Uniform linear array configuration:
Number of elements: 64
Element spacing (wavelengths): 0.5
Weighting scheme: blackman
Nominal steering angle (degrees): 15
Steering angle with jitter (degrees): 13.217
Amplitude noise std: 0.05
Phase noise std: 0.05

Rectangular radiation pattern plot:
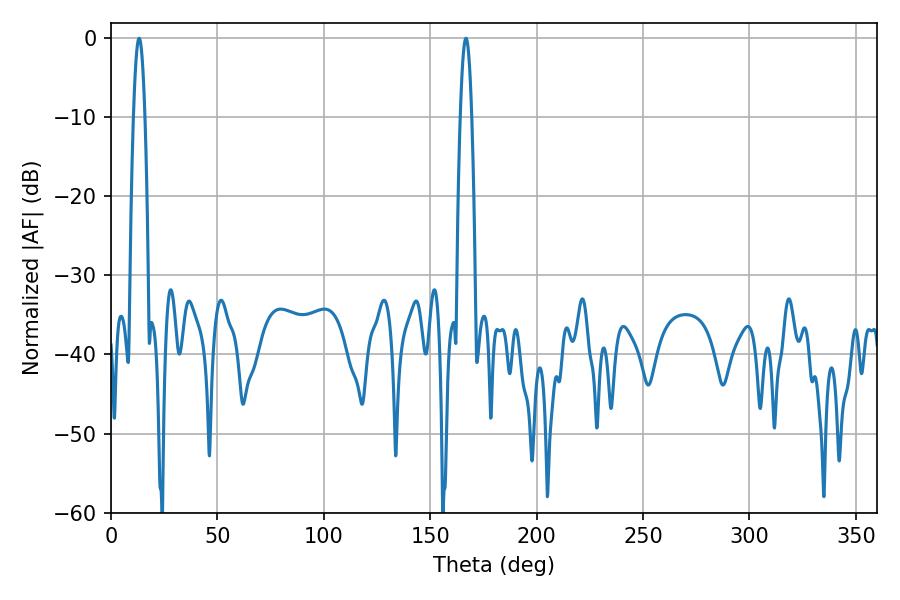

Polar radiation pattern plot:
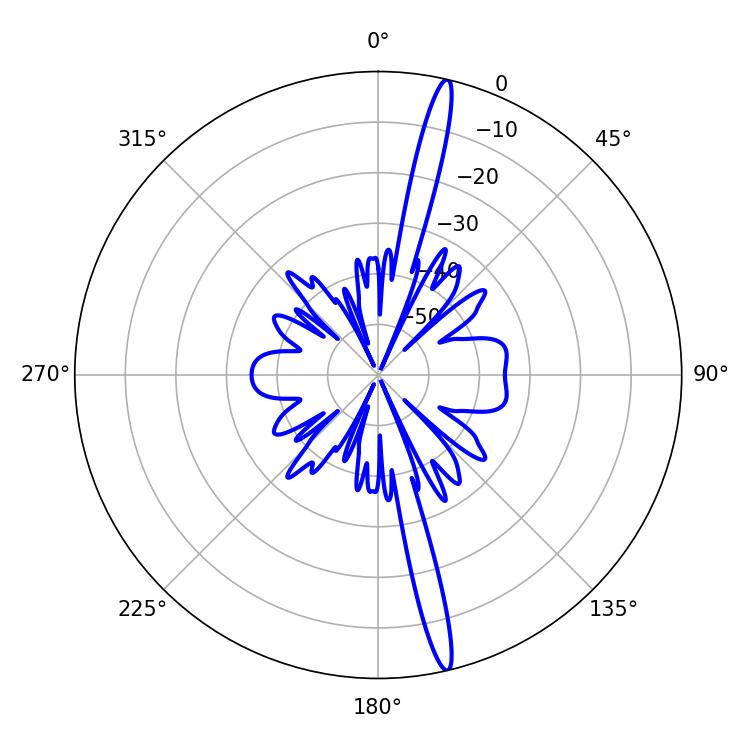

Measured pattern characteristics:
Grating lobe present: FALSE
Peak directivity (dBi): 18.878
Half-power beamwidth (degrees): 2.88
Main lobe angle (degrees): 166.86